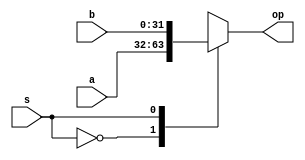
`timescale 1ns / 1ps
//////////////////////////////////////////////////////////////////////////////////
// Company: 
// Engineer: 
// 
// Design Name: 
// Module Name: mux
// Project Name: 
// Target Devices: 
// Tool Versions: 
// Description: 
// 
// Dependencies: 
// 
// Revision:
// Revision 0.01 - File Created
// Additional Comments:
// 
//////////////////////////////////////////////////////////////////////////////////


module mux(a,b,s,op);
input [31:0]a,b;
input s;
output reg [31:0]op;
always@(*)
case(s)
0:op<=a; 
1:op<=b; 
1'bx:op<=32'bx;
endcase
endmodule